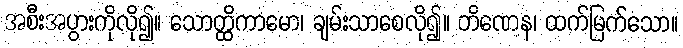
အစီးအပွားကိုလို၍။ သောတ္ထိကာမော၊ ချမ်းသာစေလို၍။ တိဏေန၊ ထက်မြက်သော။